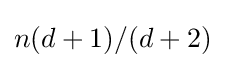
n(d+1)/(d+2)